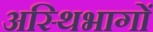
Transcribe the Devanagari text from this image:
अस्थिभागों